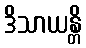
ဒိသာယန္တိ